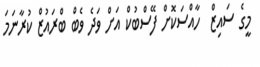
މީގެ ސައިޒް  ހާއްސަކޮށް ފޭސްބުކް އަށް ވަދެ ވެބް ބްރައުޒް ކުރާނަމަ